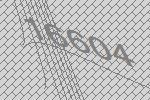
16604